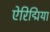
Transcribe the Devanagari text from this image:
ऐरिद्मिया